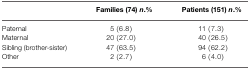
|  | Families (74) n.% | Patients (151) n.% |
 | --- | --- | --- |
 | Paternal | 5 (6.8) | 11 (7.3) |
 | Maternal | 20 (27.0) | 40 (26.5) |
 | Sibling (brother-sister) | 47 (63.5) | 94 (62.2) |
 | Other | 2 (2.7) | 6 (4.0) |